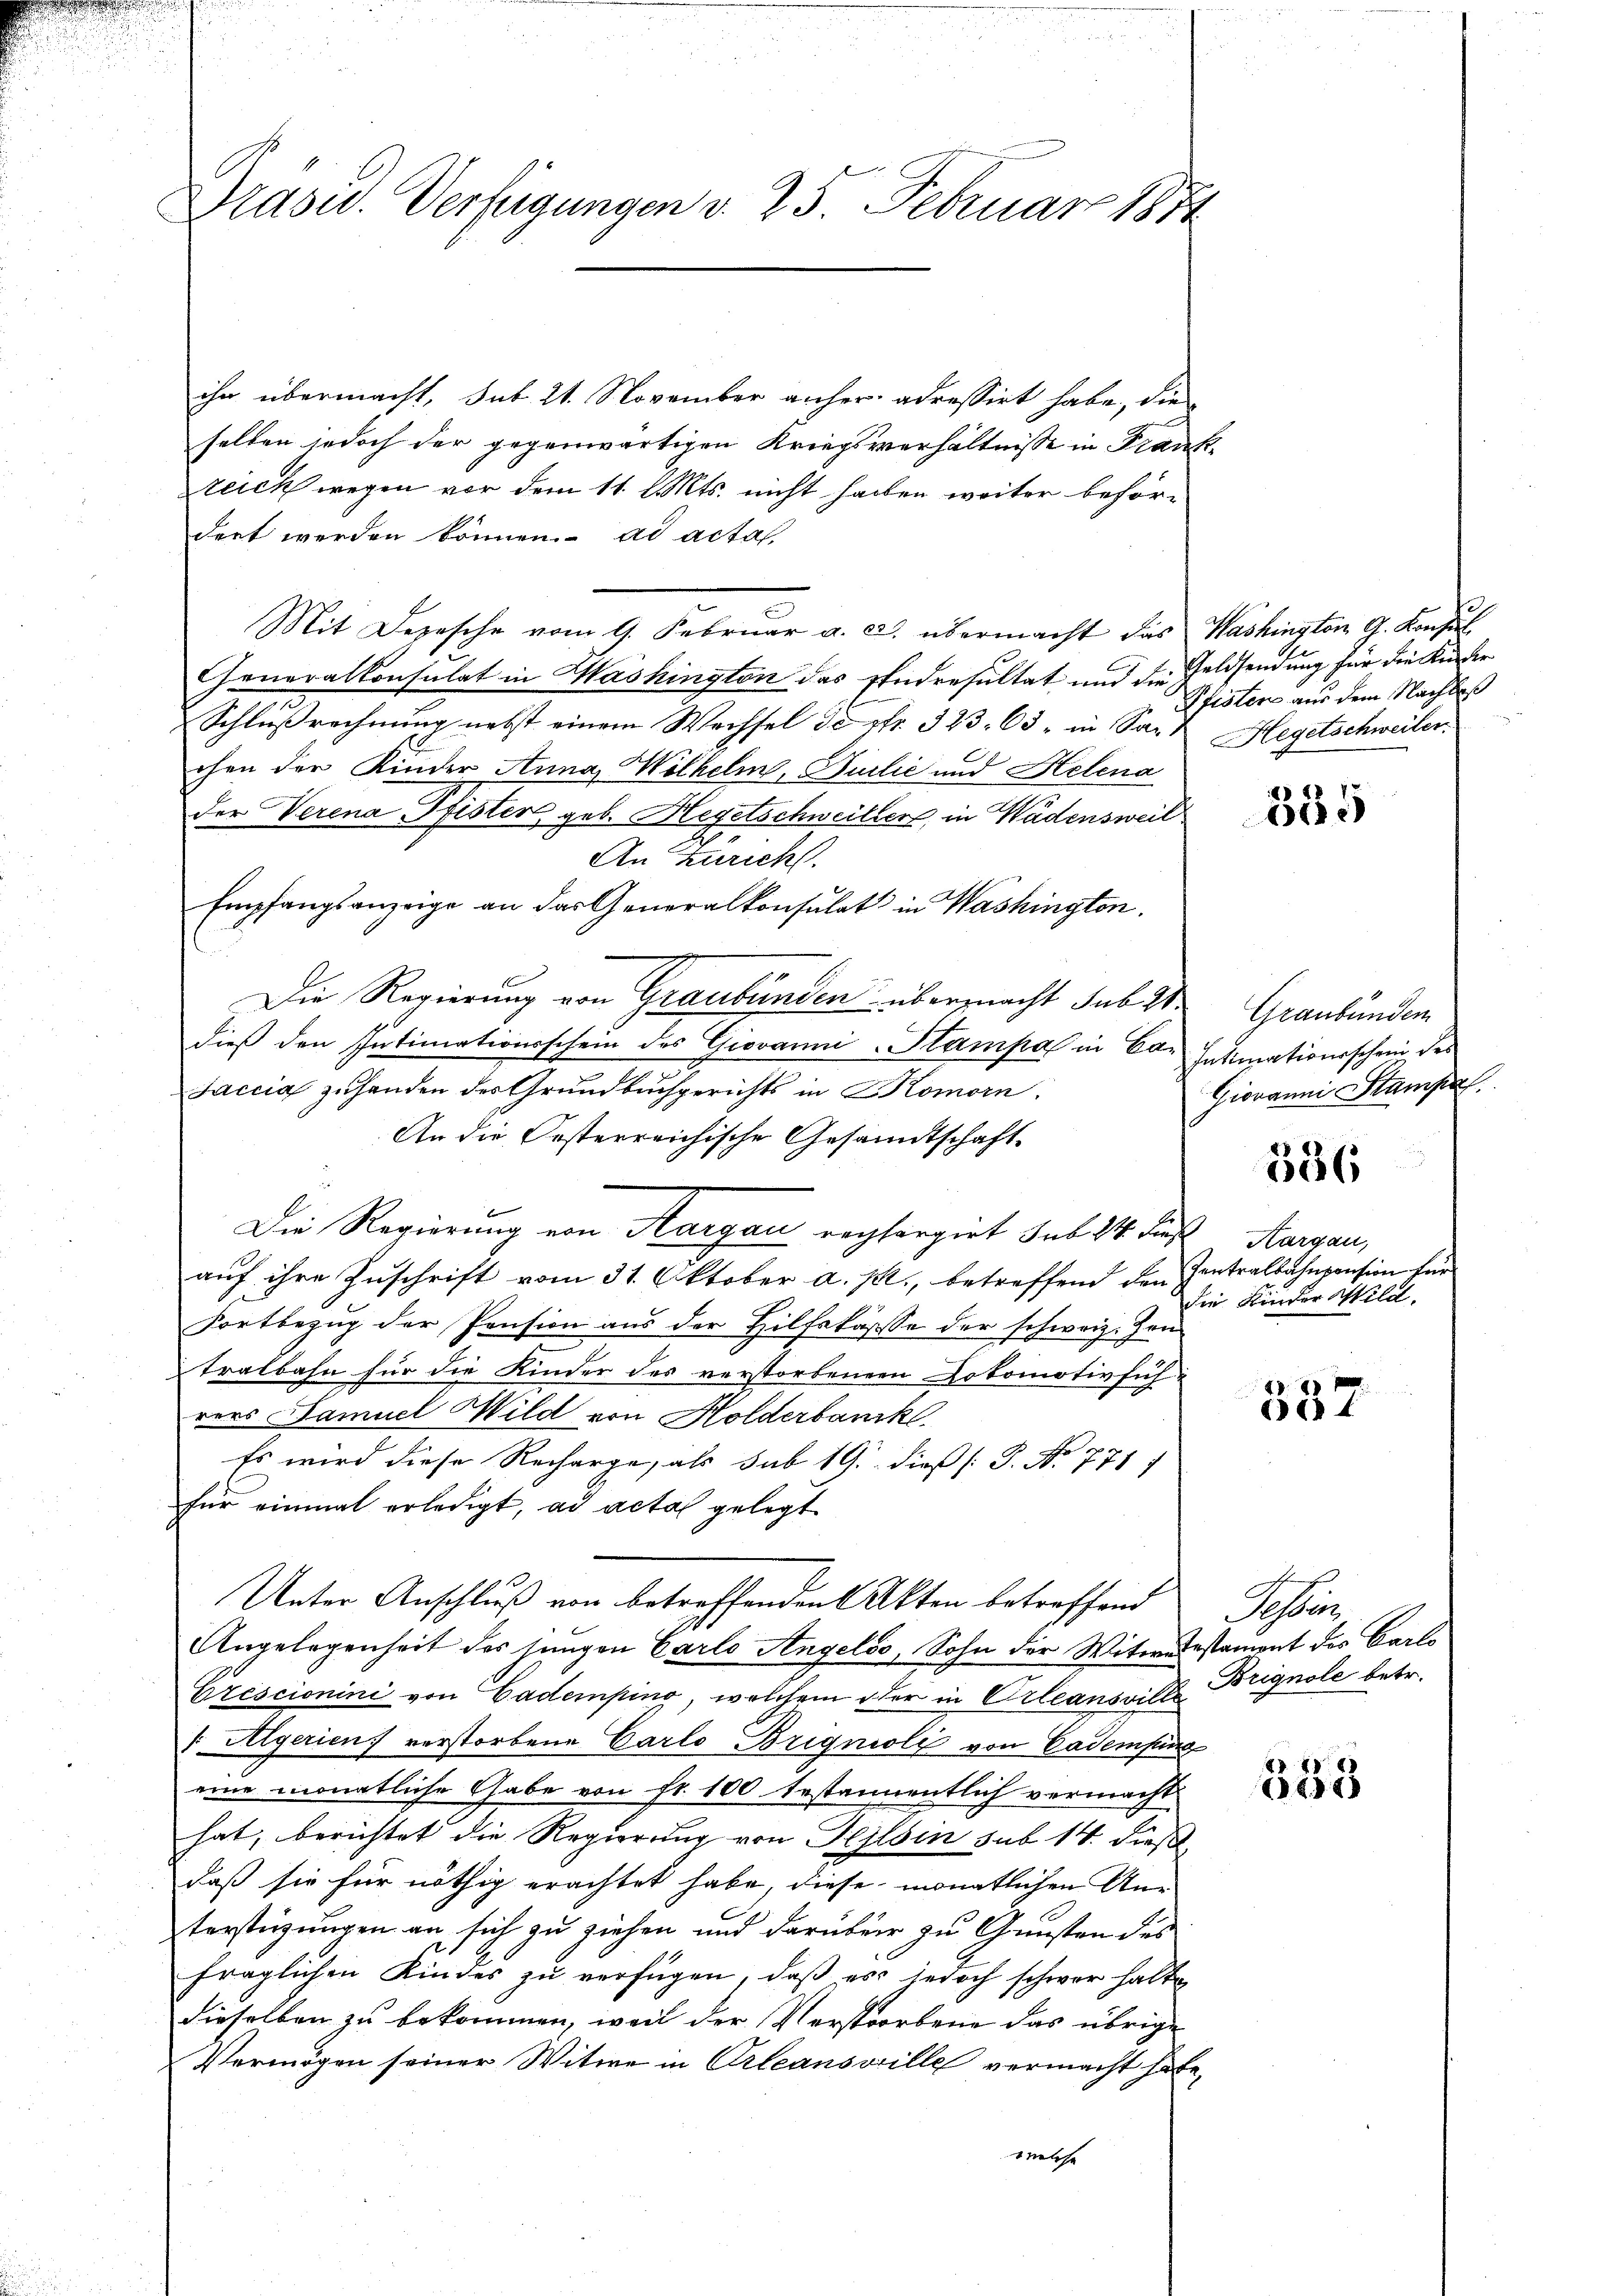
Präsid. Verfügungen v. 25. Februar 1882

ihn übermacht, sub 21. November anher adressirt habe, die
selben jedoch der gegenwärtigen Kriegsverhältnisse in Frankzeich wegen vor dem 11. l. Mts. nicht haben weiter befördert werden können. ad actas.
Mit Depesche vom 9. Februar a. c. übermacht das Washington G. Konsŭl
Generalkonsulat in Washington des Stadresultat und die Geldsendung für die Kinder
Schlußrechnung nebst einem Wechsel de Nr. 323. 63, in Sa- & Hegetschweiler
chen der Kinder Anna Wilhelm, Guilić und Helena
der Verena Pfister, geb. Hegetschweiller, in Wädensweil
An Zuricht.
Empfangsanzeige an das Generalkonsulat in Washington
Die Regierung von Graubünden übermacht sub 2 Graubünden
dieß den Intimationsschein des Giovanni-Stampal in Car Intimationsschein, des
Jaccia zuhanden des Grundbuchgerichts in Komorn
An die Oesterreichische Gesandtschaft.
Die Regierung von Aargau rectorgirt sub 24 des Aargau,
auf ihre Zuschrift vom 31. Oktober a. p., betreffend den Zentralbahnpension fr
Fortbezug der Pension aus der Hilfskasse der schweiz. Zen¬
Tralbahn für die Kinder des verstorbener Dokomotivführers Samuel Wild von Holderbank
Es wird diese Recharge, als sub 19. dieß [B. No. 771 7
für einmal erledigt, ad acta gelegt.
Unter Anschluß von betreffenden Akten betreffend Tessin,
Angelegenheit des jungen Carlo Angeloo, Sohn der Witwetestamont des Carls
Erescionini von Cadempino, welchem oder in Orleansville Brignole betr.
v. Aegerien) verstorbene Carlo Brignioli von Cademfing
eine monatliche Gabe von fr. 100 festamentlich vermacht
hat, berichtet die Regierung von Heilsin sub 14. dieß,
daß sie für nöthig erachtet habe, diese monatlichen Unterstüzungen an sich zu ziehen und darüber zu Gunsten des
fraglichen Kindes zu verfügen, daß es jedoch schwer halte
dieselben zu bekommen, weil der Verstorbene das übrige
Vermögen seiner Witwe in Orleansville vermacht habe,
welche

Pfisten aus dem Nachlaß

2
615

Giovanni Stampa

386

die Kinder Wild.

357

338